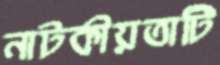
নাটকীয়তাটি